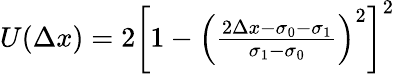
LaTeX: \begin{array}{r}{U(\Delta x)=2\left[1-\left(\frac{2\Delta x-\sigma_{0}-\sigma_{1}}{\sigma_{1}-\sigma_{0}}\right)^{2}\right]^{2}}\end{array}